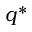
q ^ { * }